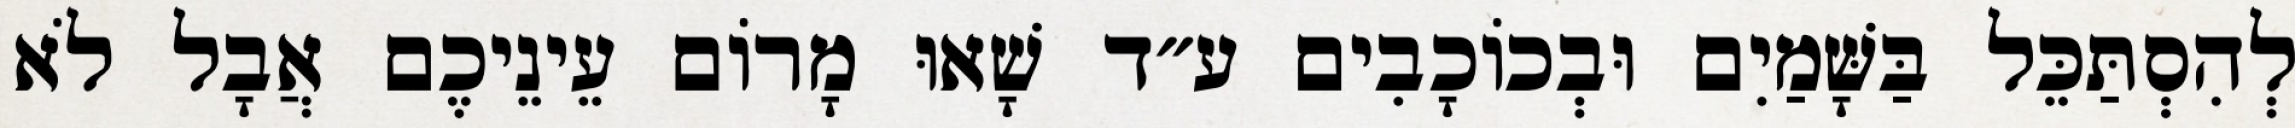
לְהִסְתַּכֵּל בַּשָּׁמַיִם וּבְכוֹכָבִים ע״ד שָׁאוּ מָרוֹם עֵינֵיכֶם אֲבָל לֹא